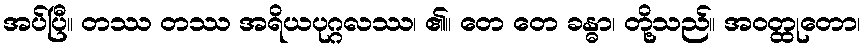
အပ်ပြီ။ တဿ တဿ အရိယပုဂ္ဂလဿ၊ ၏။ တေ တေ ခန္ဓာ၊ တို့သည်။ အဝတ္ထုတော၊